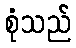
စုံသည်